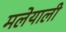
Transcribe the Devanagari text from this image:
मलेयाली